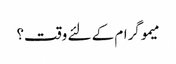
میموگرام کے لئے وقت؟